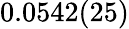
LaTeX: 0.0542(25)